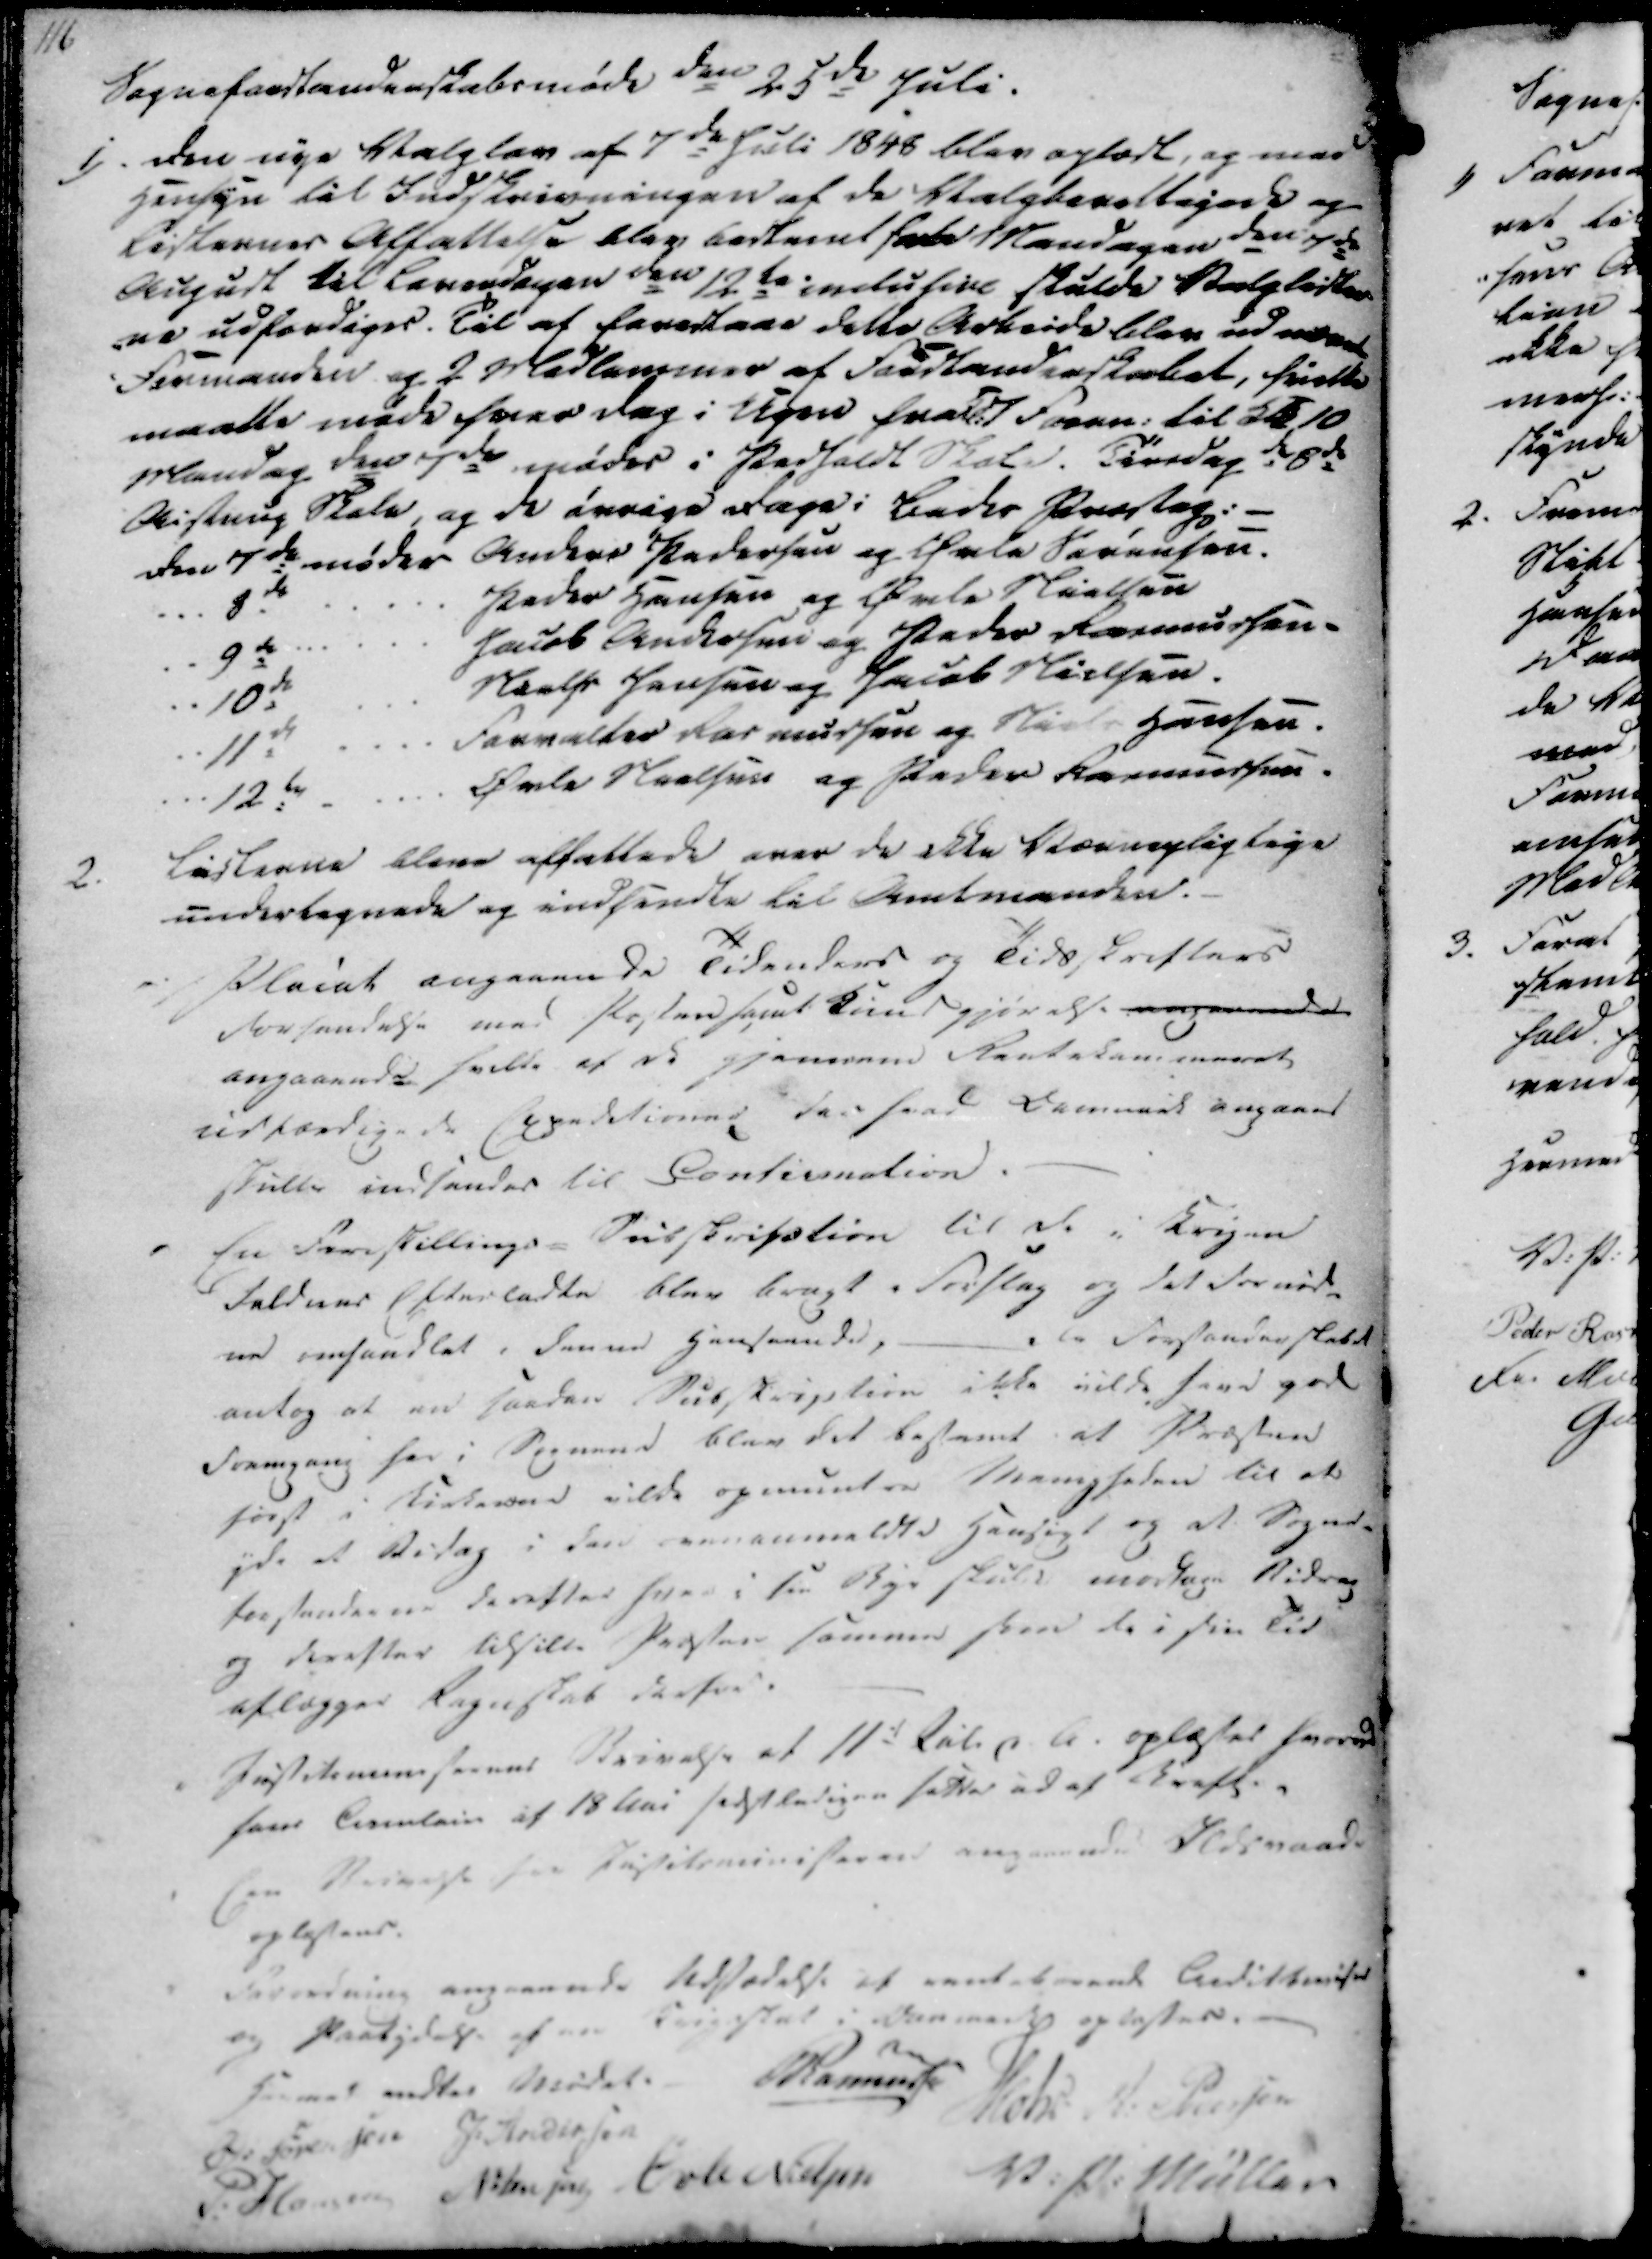
Transskription:
116

Sogneforstanderskabsmøde den 25de Juli.
1). Den nye Valglov af 7de Juli 1848 blev oplæst, og med
Hensyn til Indskrivningen af de Valgberettigede og
Listernes Affattelse blev bestemt fade Mandagen den 7de
August til Lerendagen den 12te inclusive skulde Valglister
-ne udfærdiges. Til af forestaae dette Arbeide blev udnævnt
Formanden og 2 Medlemmer af Forstanderskabet, hvilke
maatte møde hver Dag i Ugen fraldt Foren. til Kl 10
Mandag den 7de mødes i Pedholdt Skole. Tirsdag de 8de
Aistrup Skole, og de øvrige Dage i Beder Præstaeg.
Den 7de møder Anders Pedersen og Øvle Sørensen.
8de
Peder Hansen og Øvle Nielsen
9de
Jacob Andersen og Peder Rasmussen
10de
Niels Jensen og Jacob Nielsen.
11de
Forvalter Rasmussen og Niels Hansen.
12de
Øvle Nielsen og Peder Rasmussen.

2.
Listerne bleve affattede over de ikke Værnepligtige
undertegnede og indsendte til Amtmanden.
Placat angaaende Tidenders og Tidsskrifters
Forsendelse med Posten samt kundgjørelse angaaende
angaaende hvilke af de gjennem Rentekammeret
udfærdigede Expeditioner der hvad Lamerit angaaet
skulle indsendes til Contiunation.
En Forestillings-Subskription til de i Krigen
faldnes Efterladte blev bragt i Forslag og det fornød-
ne omhandlet i denne henseende, - Da Forstanderskabet
antog at en saadan Subskription ikke vilde have god
Fremgang her i Sognene blev det bestemt at Præsten
først i Kirkerne vilde opmuntre Menigheden til at
yde et Bidag i den eneanmeldte Hensigt og at Sogne-
forstanderne derefter hver i sin Bye skulde modtage Bidrag
og derefter tilsille Præsten samme sken de i sin Tid
aflægger Regnskab derfor.
Justitsministerens Skrivelse af 11te Juli D. A. oplæstet herend
som Circulair af 18 Mai sidstledigen sattes ud af Kraft.
En Skrivelse fra Justitsministeren- angaaende Ildsmaade
oplystens
Forordning angaaende Udstædelse af rentehavende Andilterises
og Paatydelse af en
Krigstal i Danmark oplæstes.
Hermed endtes Mødet.
Rasmussen
Ø. Sørensen
J. Andersen
Mohr
A. Pedersen
P. Hansen
N. Jensen
Øvle Nielsen
V. P. Müller